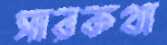
সারকথা